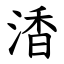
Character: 㴡